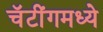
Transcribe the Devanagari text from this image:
चॅटींगमध्ये